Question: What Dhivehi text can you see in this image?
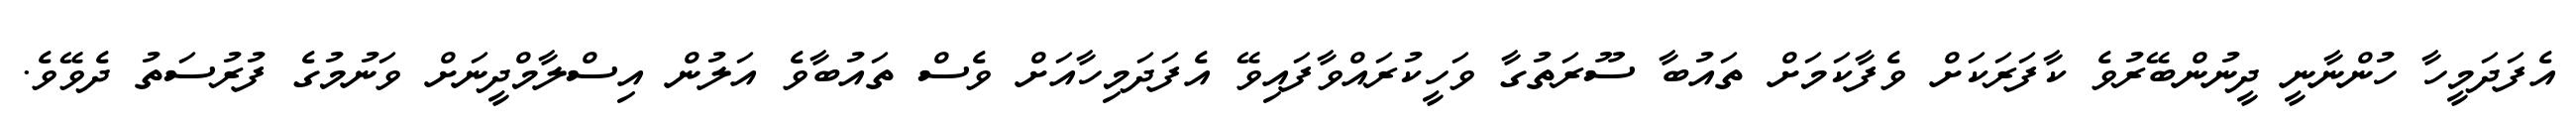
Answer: އެފަދަމީހާ ހުންނާނީ ދީނުންބޭރުވެ ކާފަރަކަށް ވެފާކަމަށް ތައުބާ ސޫރަތުގާ ވަހީކުރައްވާފައިވޭ އެފަދަމިހާއަށް ވެސް ތައުބާވެ އަލުން އިސްލާމްދީނަށް ވަނުމުގެ ފުރުސަތު ދެވޭވެ.